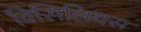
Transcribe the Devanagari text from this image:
विसिलियस